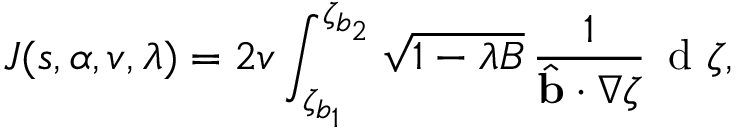
J ( s , \alpha , v , \lambda ) = 2 v \int _ { \zeta _ { b _ { 1 } } } ^ { \zeta _ { b _ { 2 } } } \sqrt { 1 - \lambda B } \, \frac { 1 } { \hat { \mathbf { b } } \cdot \nabla \zeta } \, \mathrm { ~ d ~ } \zeta ,